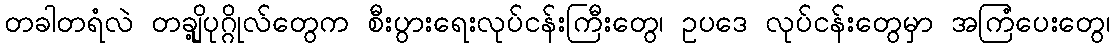
တခါတရံလဲ တချို့ပုဂ္ဂိုလ်တွေက စီးပွားရေးလုပ်ငန်းကြီးတွေ၊ ဥပဒေ လုပ်ငန်းတွေမှာ အကြံပေးတွေ၊